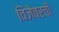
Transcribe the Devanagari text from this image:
विजेवरची